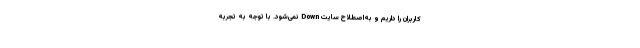
کاربران را داریم و به‌اصطلاح سایت Down نمی‌شود. با توجه به تجربه